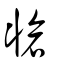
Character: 牄